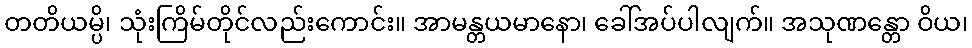
တတိယမ္ပိ၊ သုံးကြိမ်တိုင်လည်းကောင်း။ အာမန္တယမာနော၊ ခေါ်အပ်ပါလျက်။ အသုဏန္တော ဝိယ၊